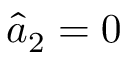
\hat { a } _ { 2 } = 0